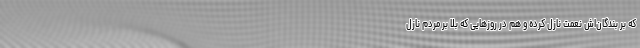
که بر بندگان‌اش نعمت نازل کرده و هم در روزهایی که بلا بر مردم نازل